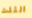
الثلث